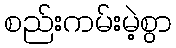
စည်းကမ်းမဲ့စွာ